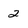
Character: 2